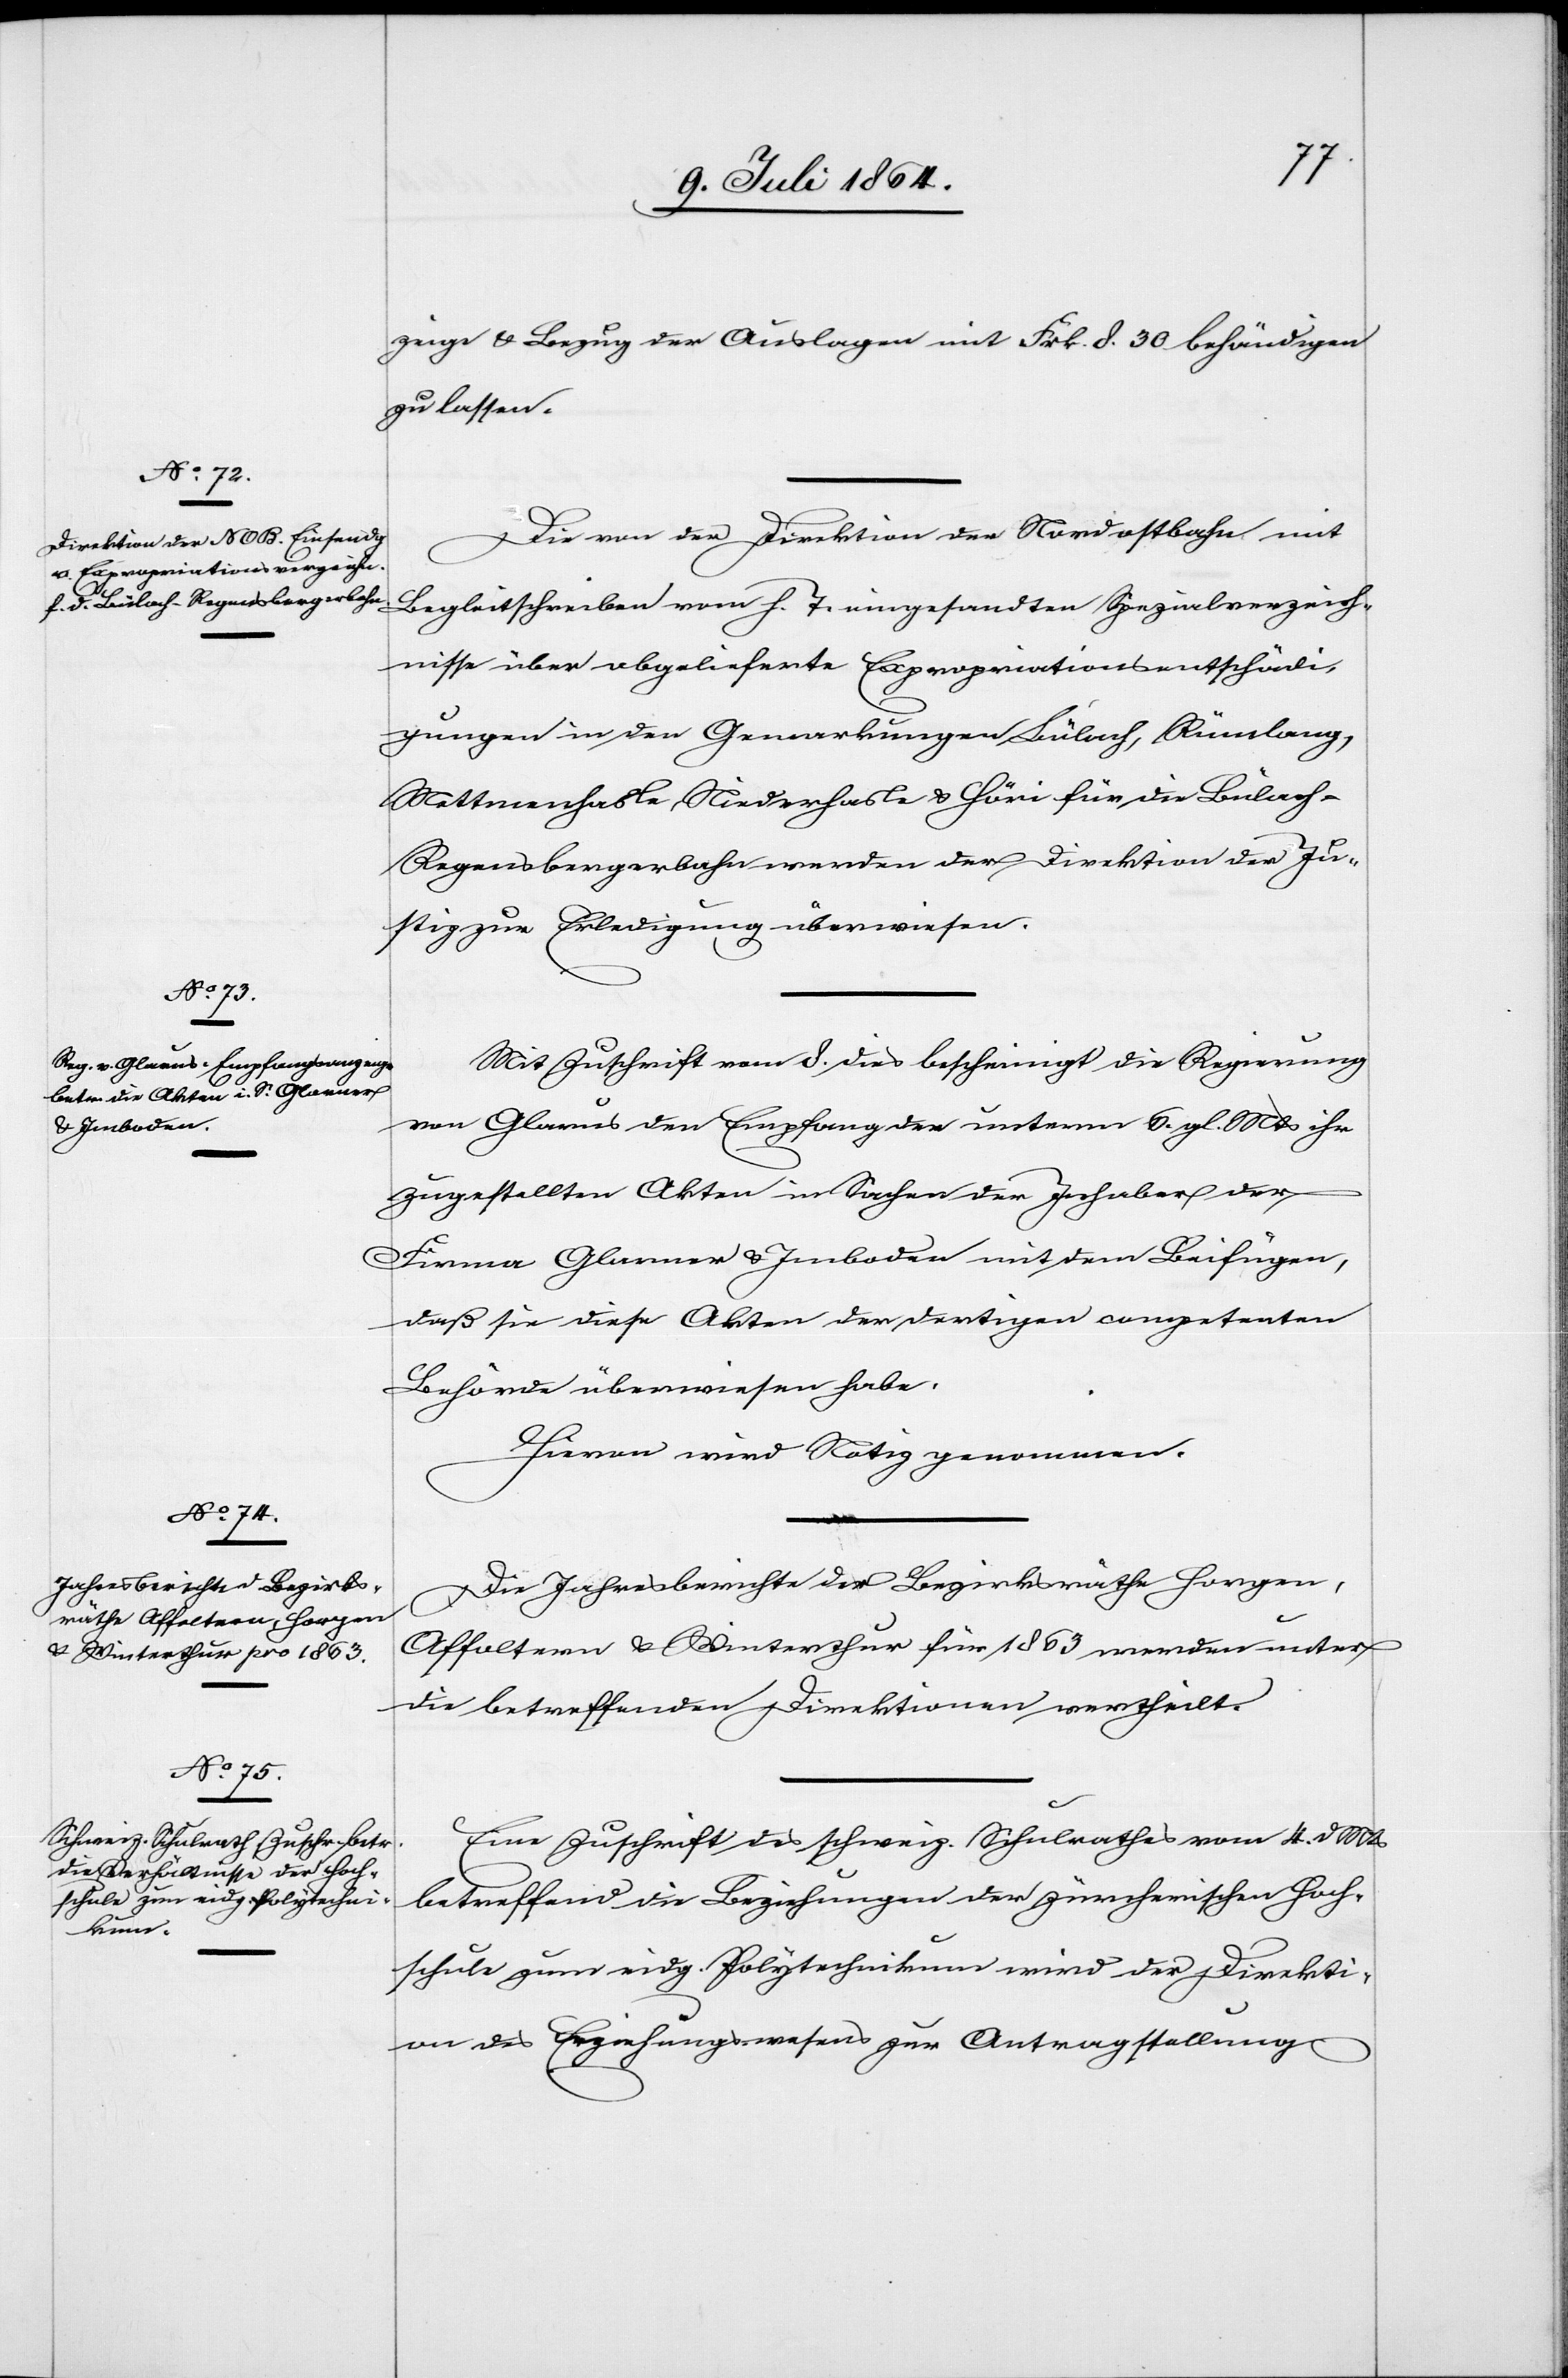
9. Juli 1864.]
zeige u. Bezug der Auslagen mit Frk. 8.30 behändigen
zu lassen.
Die von der Direktion der Nordostbahn mit
Begleitschreiben vom h. t. eingesandten Spezialverzeich¬
nisse über abgelieferte Expropriationsentschädi¬
gungen in den Gemarkungen Bülach, Rümlang,
Mettmenhasle, Niederhasle u. Höri für die Bülach–R¬
egensbergerbahn werden der Direktion der Ju¬
stiz zur Erledigung überwiesen.
Mit Zuschrift vom 8. dies bescheinigt die Regierung
von Glarus den Empfang unterm 6. gl. Mts. ihr
zugestellten Akten in Sachen der Inhaber der
Firma Glarner & Imboden mit dem Beifügen,
daß sie diese Akten der dortigen competenten
Behörde überwiesen habe.
Hievon wird Notiz genommen.
Die Jahresberichte der Bezirksräthe Horgen,
Affoltern u. Winterthur für 1863 werden unter
die betreffenden Direktionen vertheilt.
Eine Zuschrift des schweiz. Schulrathes vom 4. d. Mts.
betreffend die Beziehungen der zürcherischen Hoch¬
schule zum eidg. Polytechnikum wird der Direkti¬
on des Erziehungswesens zur Antragstellung